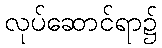
လုပ်ဆောင်ရာ၌